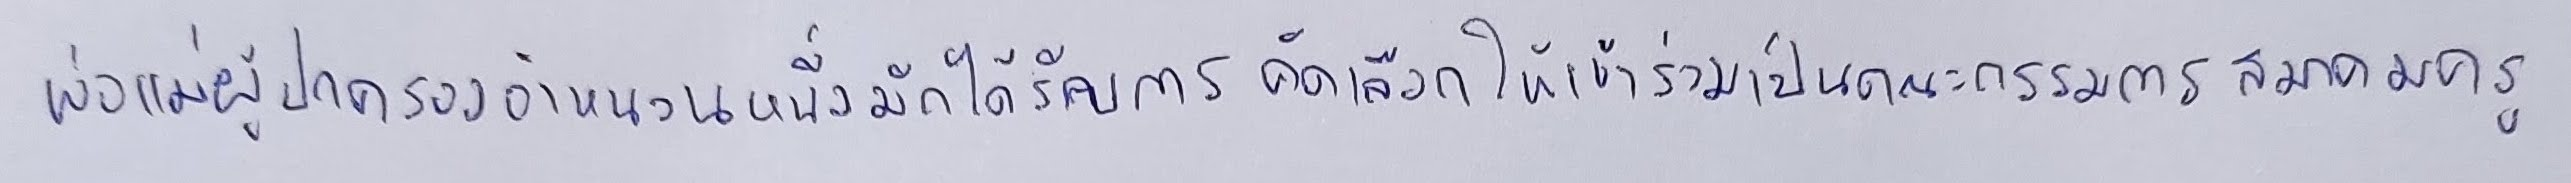
พ่อแม่ผู้ปกครองจำนวนหนึ่งมักได้รับการคัดเลือกให้เข้าร่วมเป็นคณะกรรมการสมาคมครู